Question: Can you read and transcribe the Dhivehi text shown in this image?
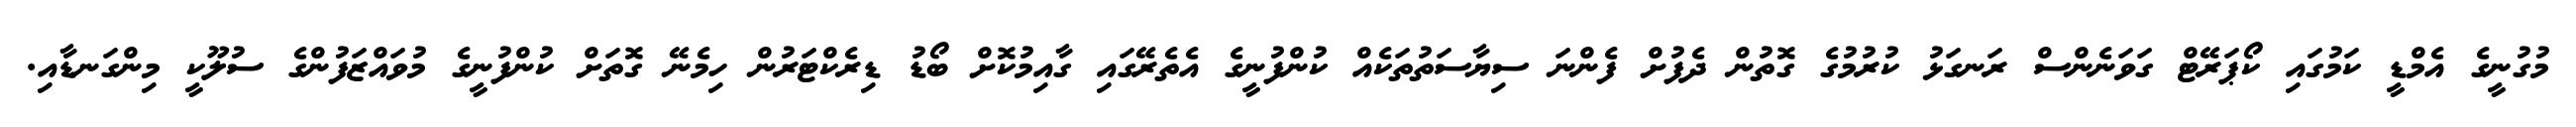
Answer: މުގުނީގެ އެމްޑީ ކަމުގައި ކޯޕަރޭޓް ގަވަނެންސް ރަނގަޅު ކުރުމުގެ ގޮތުން ދެފުށް ފެންނަ ސިޔާސަތުތަކެއް ކުންފުނީގެ އެތެރޭގައި ގާއިމުކޮށް ބޯޑު ޑިރެކްޓަރުން ހިމެނޭ ގޮތަށް ކުންފުނީގެ މުވައްޒަފުންގެ ސުލޫކީ މިންގަނޑާއި.